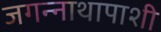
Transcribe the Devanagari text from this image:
जगन्नाथापाशी